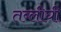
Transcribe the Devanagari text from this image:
तब्लीघी